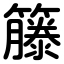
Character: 籐